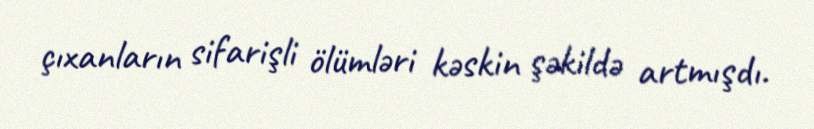
çıxanların sifarişli ölümləri kəskin şəkildə artmışdı.